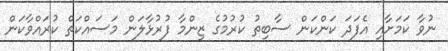
ނުވާ ކަމަށާއި އެފަދަ ކަންކަން ސާބިތު ކުރުމުގެ ޒިންމާ ފުރުޅާލަން މަސައްކަތް ކުރައްވާކަން